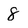
Character: 8